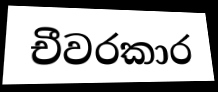
චීවරකාර